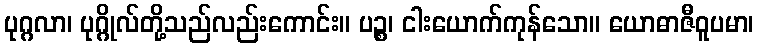
ပုဂ္ဂလာ၊ ပုဂ္ဂိုလ်တို့သည်လည်းကောင်း။ ပဉ္စ၊ ငါးယောက်ကုန်သော။ ယောဓာဇီဝူပမာ၊